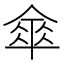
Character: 𠍘